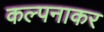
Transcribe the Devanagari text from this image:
कल्पनाकर